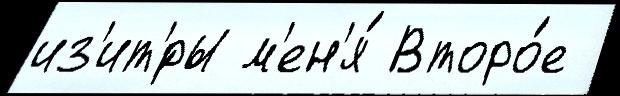
из'ит'́ры м'ен'я́ Второ́е